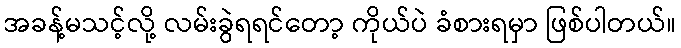
အခန့်မသင့်လို့ လမ်းခွဲရရင်တော့ ကိုယ်ပဲ ခံစားရမှာ ဖြစ်ပါတယ်။